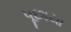
પૂછાયા